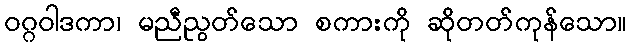
ဝဂ္ဂဝါဒကာ၊ မညီညွတ်သော စကားကို ဆိုတတ်ကုန်သော။